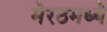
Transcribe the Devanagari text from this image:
मेरठमध्ये